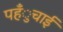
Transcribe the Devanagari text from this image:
पहँुचाई